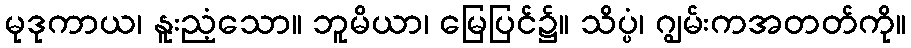
မုဒုကာယ၊ နူးညံ့သော။ ဘူမိယာ၊ မြေပြင်၌။ သိပ္ပံ၊ ဂျွမ်းကအတတ်ကို။